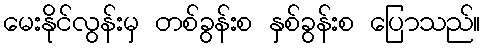
မေးနိုင်လွန်းမှ တစ်ခွန်းစ နှစ်ခွန်းစ ပြောသည်။